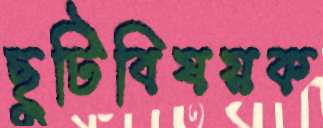
ছুটিবিষয়ক